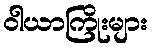
ဝါယာကြိုးများ